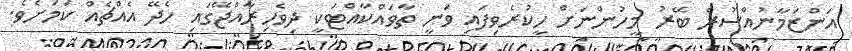
އަންޒަމާނުއްސުރެ ބޭރު މީހުންނަށް ހީކުރެވިފައި ވަނީ ތާވައްކާއްޓަކީ ދިވެހިރާއްޖޭގައި ހެދޭ އެއްޗެއް ކަމަށެވެ.